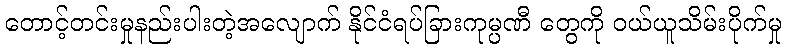
တောင့်တင်းမှုနည်းပါးတဲ့အလျောက် နိုင်ငံရပ်ခြားကုမ္ပဏီ တွေကို ဝယ်ယူသိမ်းပိုက်မှု